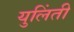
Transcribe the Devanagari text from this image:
युलिंती